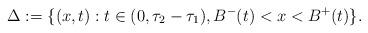
LaTeX: \begin{align*}\Delta := \{(x,t) : t \in (0, \tau_2 - \tau_1), B^-(t) < x < B^+(t)\}.\end{align*}